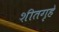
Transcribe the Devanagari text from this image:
शीतगृहे